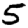
Digit: 5